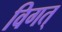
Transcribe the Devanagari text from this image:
विगत्